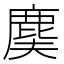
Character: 𪊐